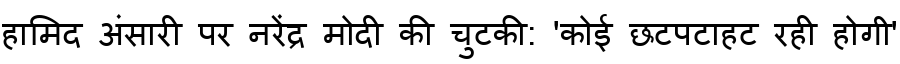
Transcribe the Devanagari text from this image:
हामिद अंसारी पर नरेंद्र मोदी की चुटकी: 'कोई छटपटाहट रही होगी'